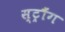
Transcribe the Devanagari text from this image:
स्ट्रौंग